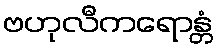
ဗဟုလီကရောန္တံ